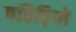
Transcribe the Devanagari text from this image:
पहिड़ियो